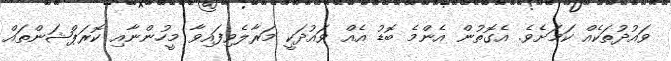
ވައުދުތަކެއް ކަމަށެވެ. އެގޮތުން އެންމެ ބޮޑު އެއް ވައުދަކީ މަރާލެވިފައިވާ މީހުންނާއި ކޮރަޕްޝަންތައް